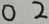
0 2